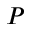
P